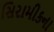
સિરામીકના